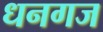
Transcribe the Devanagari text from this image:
धनगज